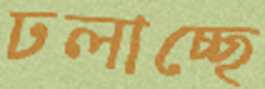
ঢলাচ্ছে